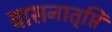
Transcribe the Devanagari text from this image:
वासनातृप्ति